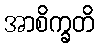
အာစိက္ခတိ